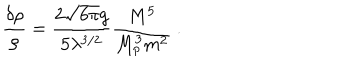
\frac { \delta \rho } { \rho } = \frac { 2 \sqrt { 6 \pi } g } { 5 \lambda ^ { 3 / 2 } } \frac { M ^ { 5 } } { M _ { p } ^ { 3 } m ^ { 2 } } \ .